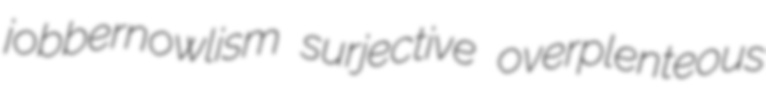
jobbernowlism surjective overplenteous